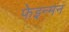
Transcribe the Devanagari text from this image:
फेइन्मन